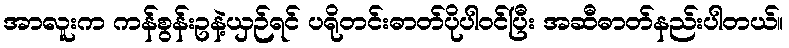
အာလူးက ကန်စွန်းဥနဲ့ယှဉ်ရင် ပရိုတင်းဓာတ်ပိုပါဝင်ပြီး အဆီဓာတ်နည်းပါတယ်။